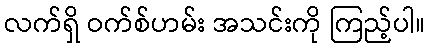
လက်ရှိ ဝက်စ်ဟမ်း အသင်းကို ကြည့်ပါ။